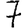
Digit: 7